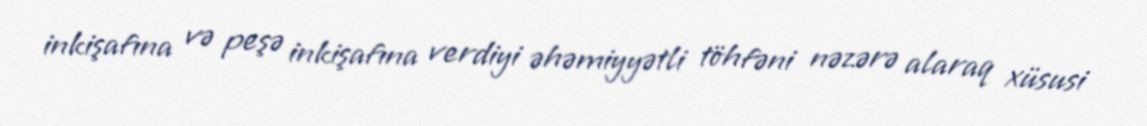
inkişafına və peşə inkişafına verdiyi əhəmiyyətli töhfəni nəzərə alaraq xüsusi